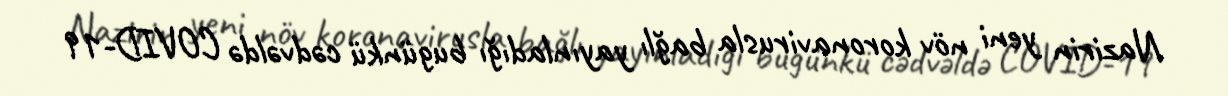
Nazirin yeni növ koronavirusla bağlı yayınladığı bugünkü cədvəldə COVID-19